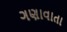
ગણાવાતા